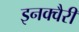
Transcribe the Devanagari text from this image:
इनक्वैरी